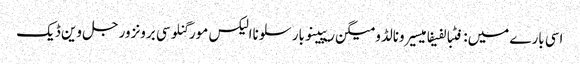
اسی بارے میں: فٹبالفیفامیسیرونالڈومیگن ریپینوبارسلوناالیکس مورگنلوسی برونزورجل وین ڈیک